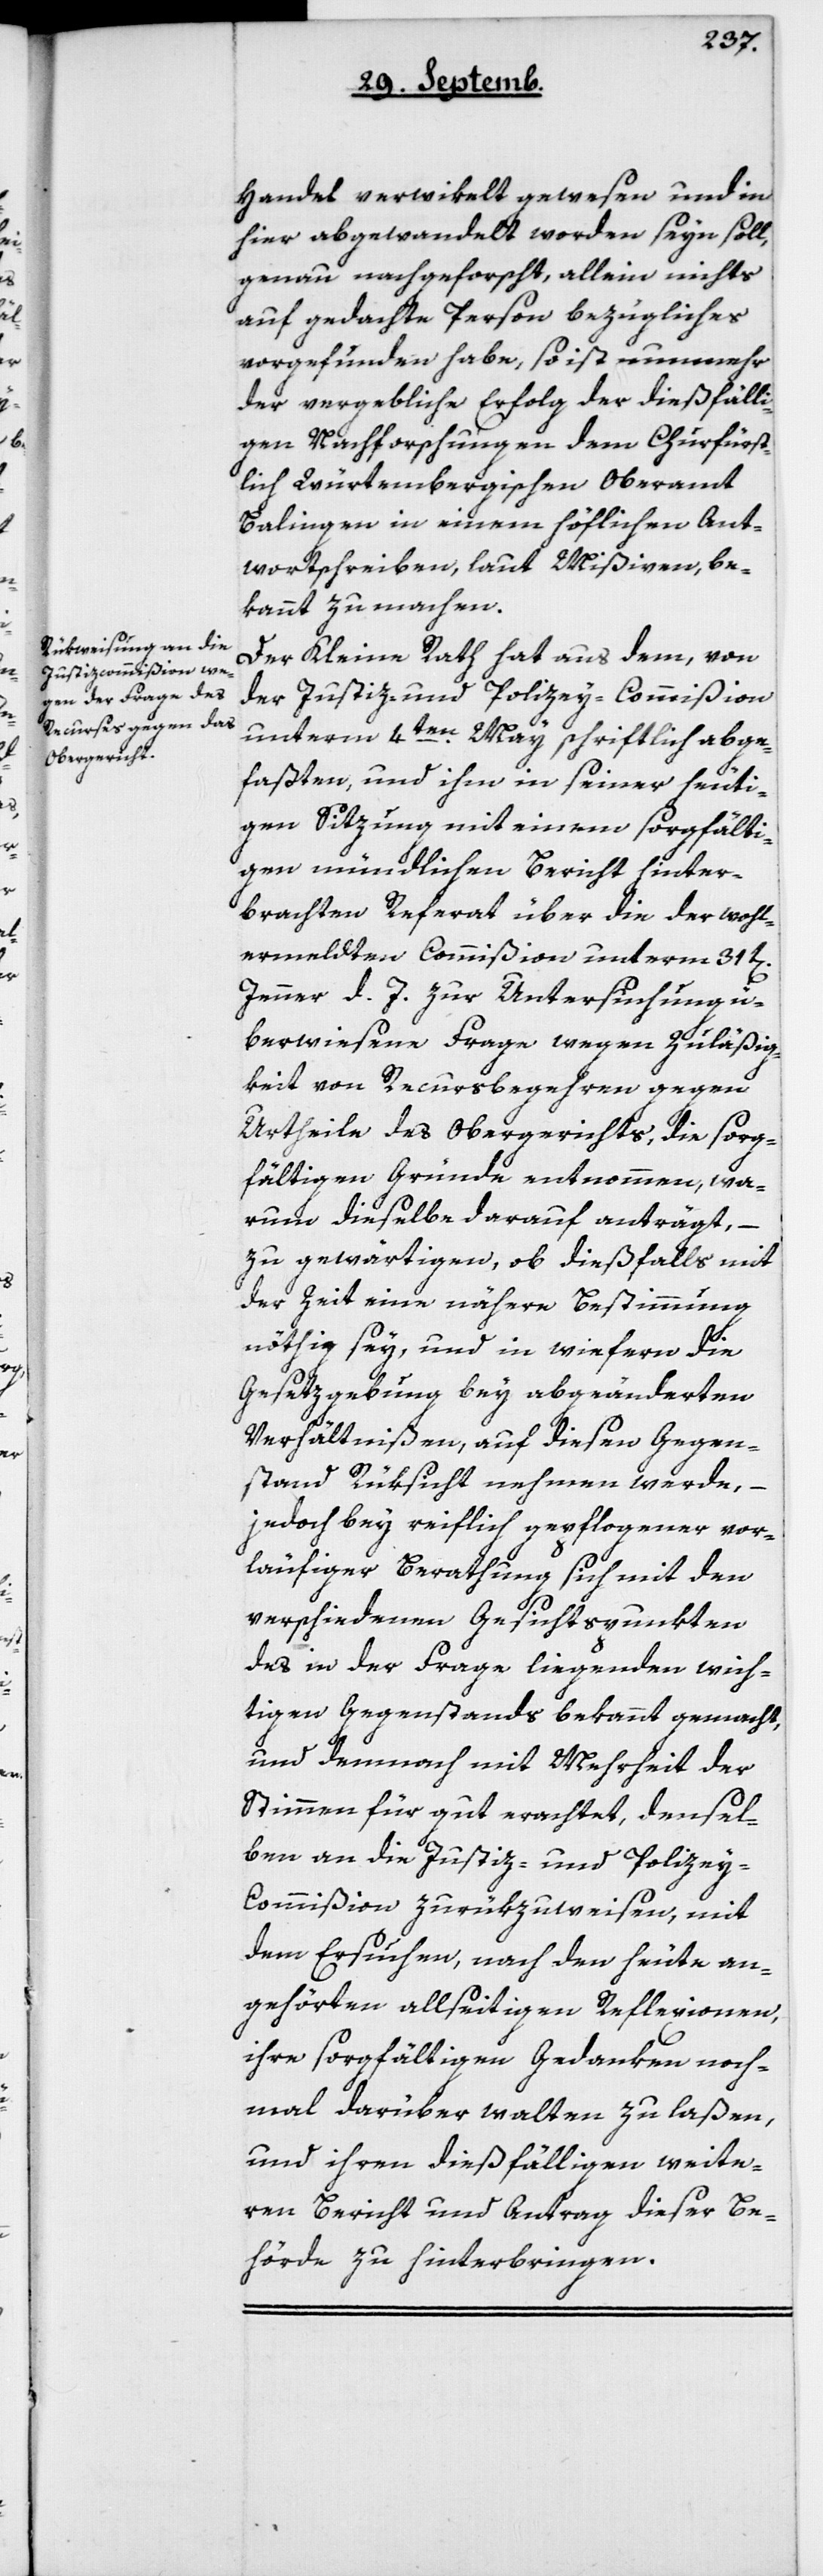
Handel verwikelt gewesen und in
hier abgewandelt worden seyn soll,
genau nachgeforscht, allein nichts
auf gedachte Person Bezügliches
vorgefunden habe, so ist nunmehr
der vergebliche Erfolg der dießfälli¬
gen Nachforschungen dem Churfürst¬
lich Würtembergischen Oberamt
Balingen in einem höflichen Ant¬
wortschreiben, laut Mißiven, be¬
kannt zu machen.
Der Kleine Rath hat aus dem, von
der Justiz- und Policey-Commißion
unterm 4ten May schriftlich abge¬
faßten, und ihm in seiner heuti¬
gen Sitzung mit einem sorgfälti¬
gen mündlichen Bericht hinter¬
brachten Referat über die der wohl¬
ermeldten Commißion unterm 31t[en]
Jenner d. J. zur Untersuchung ü¬
berwiesene Frage wegen Zuläßig¬
keit von Recursbegehren gegen
Urtheile des Obergerichts, die sorg¬
fältigen Gründe entnommen, wa¬
rum dieselbe darauf anträgt, –
zu gewärtigen, ob dießfalls mit
der Zeit eine nähere Bestimmung
nöthig sey, und inwiefern die
Gesetzgebung bey abgeänderten
Verhältnißen, auf diesen Gegen¬
stand Rüksicht nehmen werde, –
jedoch bey reiflich gepflogener vor¬
läufiger Berathung sich mit den
verschiedenen Gesichtspunkten
des in der Frage liegenden wich¬
tigen Gegenstands bekannt gemacht,
und demnach mit Mehrheit der
Stimmen für gut erachtet, densel¬
ben an die Justiz- und Police¬
y-Commißion zurükzuweisen, mit
dem Ersuchen, nach den heute an¬
gehörten allseitigen Reflexionen,
ihre sorgfältigen Gedanken noch¬
mal darüber walten zu laßen,
und ihren dießfälligen weite¬
ren Bericht und Antrag dieser Be¬
hörde zu hinterbringen.